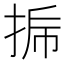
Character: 𰓳